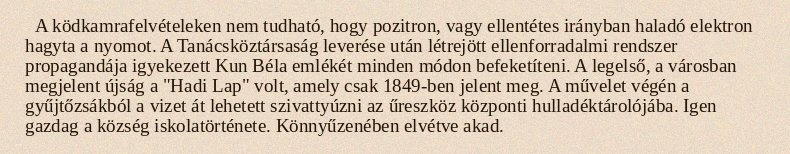
A ködkamrafelvételeken nem tudható, hogy pozitron, vagy ellentétes irányban haladó elektron hagyta a nyomot. A Tanácsköztársaság leverése után létrejött ellenforradalmi rendszer propagandája igyekezett Kun Béla emlékét minden módon befeketíteni. A legelső, a városban megjelent újság a "Hadi Lap" volt, amely csak 1849-ben jelent meg. A művelet végén a gyűjtőzsákból a vizet át lehetett szivattyúzni az űreszköz központi hulladéktárolójába. Igen gazdag a község iskolatörténete. Könnyűzenében elvétve akad.